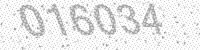
Solution: 016034